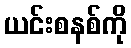
ယင်းစနစ်ကို